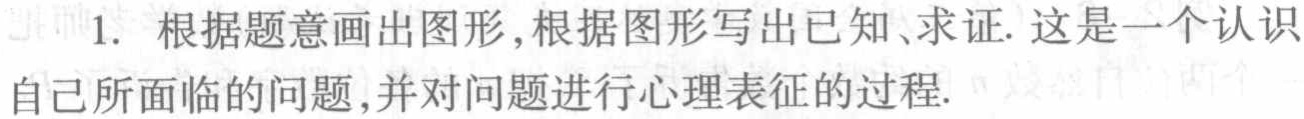
1. 根据题意画出图形,根据图形写出已知、求证. 这是一个认识自己所面临的问题,并对问题进行心理表征的过程.